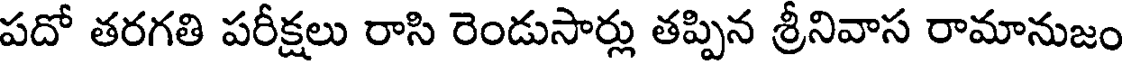
పదో తరగతి పరీక్షలు రాసి రెండుసార్లు తప్పిన శ్రీనివాస రామానుజం